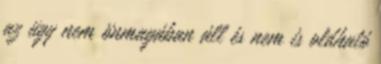
az ügy nem önmagában áll és nem is oldható